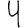
Digit: 4